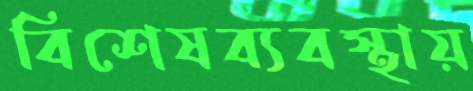
বিশেষব্যবস্থায়